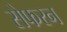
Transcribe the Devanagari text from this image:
सेफरन